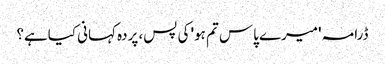
ڈرامہ 'میرے پاس تم ہو' کی پس، پردہ کہانی کیاہے؟